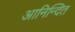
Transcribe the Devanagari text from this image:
आनिन्दित